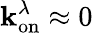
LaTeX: \mathbf{k}_{\mathrm{{on}}}^{\lambda}\approx0